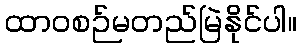
ထာဝစဉ်မတည်မြဲနိုင်ပါ။